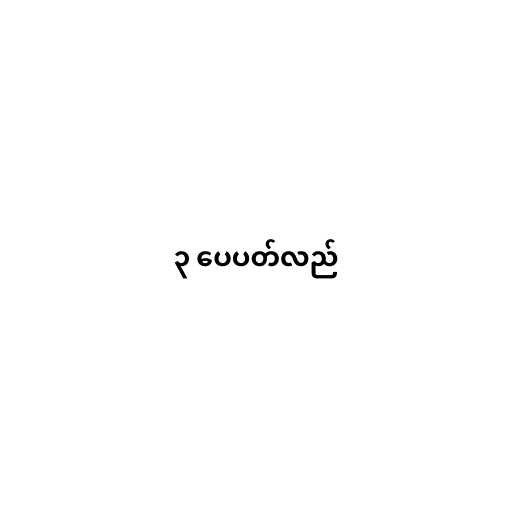
၃ ပေပတ်လည်